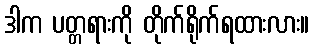
ဒါက ပတ္တရားကို တိုက်ရိုက်ရထားလား။